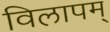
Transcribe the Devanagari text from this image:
विलापम्